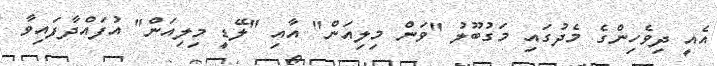
އެއީ ދިވެހިންގެ މެދުގައި މަގުބޫލު "ވަން މިލިއަން" އާއި "ލޭޑީ މިލިއަން" އުފައްދާފައިވާ